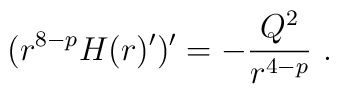
(r^{8-p} H(r)')' = -\frac{Q^2}{r^{4-p}} \ .